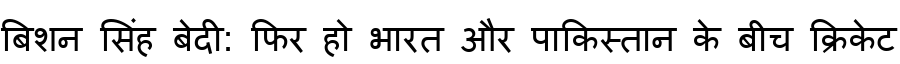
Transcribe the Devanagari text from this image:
बिशन सिंह बेदी: फिर हो भारत और पाकिस्तान के बीच क्रिकेट